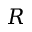
R